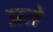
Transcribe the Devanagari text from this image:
प्रते